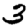
Digit: 3